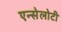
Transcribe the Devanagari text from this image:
एन्सेलोटी